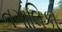
નગાલિકા